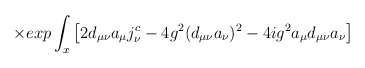
\begin{align*}\qquad \times exp \int_x \left[2 d_{\mu\nu}a_\mu j^c_\nu - 4g^2(d_{\mu\nu}a_\nu)^2 - 4ig^2a_\mu d_{\mu\nu}a_\nu\right]\end{align*}